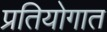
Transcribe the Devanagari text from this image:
प्रतियोगात